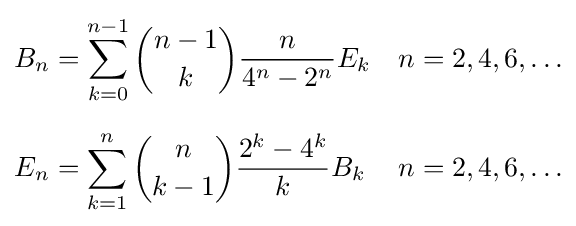
{\begin{aligned}B_{n}&=\sum _{k=0}^{n-1}{\binom {n-1}{k}}{\frac {n}{4^{n}-2^{n}}}E_{k}&n&=2,4,6,\ldots \\[6pt]E_{n}&=\sum _{k=1}^{n}{\binom {n}{k-1}}{\frac {2^{k}-4^{k}}{k}}B_{k}&n&=2,4,6,\ldots \end{aligned}}